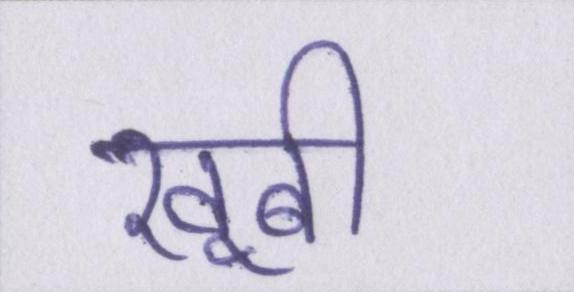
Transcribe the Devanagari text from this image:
खूबी